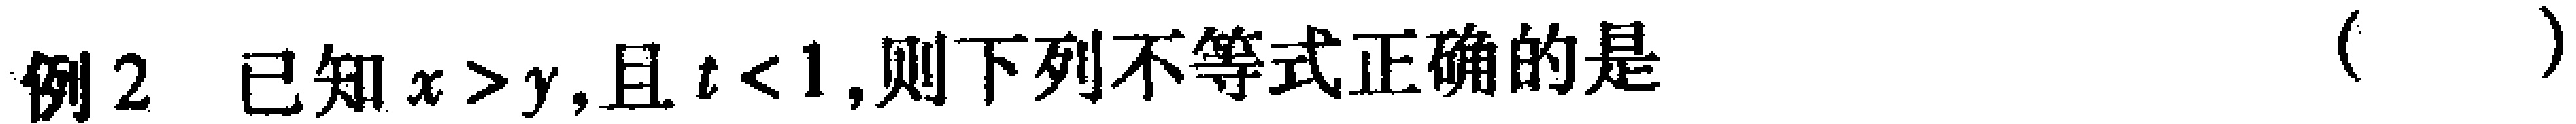
例2 已知\(x > y\),且\(t < 1\),则下列不等式正确的是 （  ）